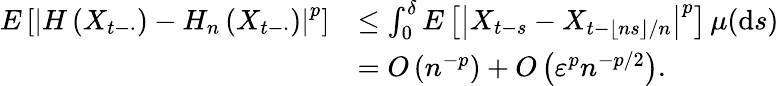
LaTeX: \begin{array}{rl}{E\left[\left|H\left(X_{t-\cdot}\right)-H_{n}\left(X_{t-\cdot}\right)\right|^{p}\right]}&{\leq\int_{0}^{\delta}E\left[\left|X_{t-s}-X_{t-\lfloor ns\rfloor/n}\right|^{p}\right]\, \mu(\mathrm{d}s)}\\ &{=O\left(n^{-p}\right)+O\left(\varepsilon^{p}n^{-p/2}\right).}\end{array}